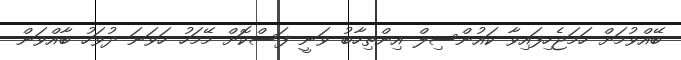
ބޭއްވުމަށް ހަމަޖެހިފައިވާ ކައުންސިލް އިންތިހާބު ވަނީ ފަސްކޮށް މޭމަހު ހަވަނަ ދުވަހު ބާއްވަން